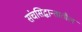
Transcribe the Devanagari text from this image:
संचसिद्धान्तातील